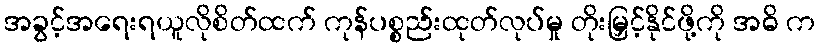
အခွင့်အရေးရယူလိုစိတ်ထက် ကုန်ပစ္စည်းထုတ်လုပ်မှု တိုးမြှင့်နိုင်ဖို့ကို အဓိ က